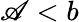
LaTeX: \mathscr{A}<b